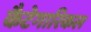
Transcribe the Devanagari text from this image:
कैटेगारिकल